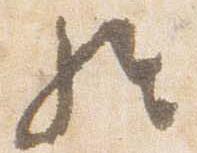
経